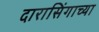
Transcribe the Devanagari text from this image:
दारासिंगाच्या